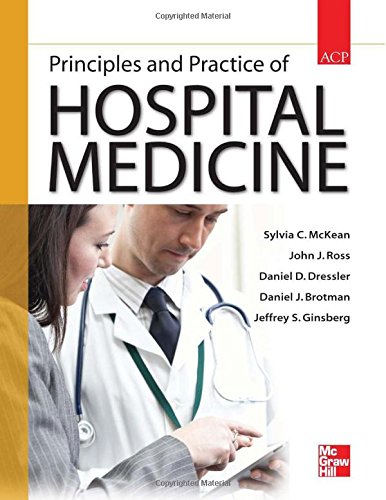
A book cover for Principles and Practice of Hospital Medicine; Sylvia C. McKean; Medical Books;